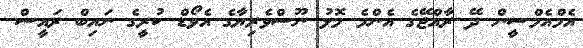
އެމްއެމްސީން ދޭ ރާއްޖޭގެ އެންމެ މޮޅު ނޫސްވެރިޔާގެ އެވޯޑް ކުރީގެ ނައިބް ރައީސް